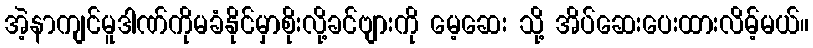
အဲ့နာကျင်မူဒါဏ်ကိုမခံနိုင်မှာစိုးလို့ခင်ဗျားကို မေ့ဆေး သို့ အိပ်ဆေးပေးထားလိမ့်မယ်။